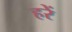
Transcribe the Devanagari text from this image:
हरें